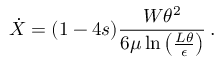
\dot { X } = ( 1 - 4 s ) \frac { W \theta ^ { 2 } } { 6 \mu \ln \left( \frac { L \theta } { \epsilon } \right) } \, .